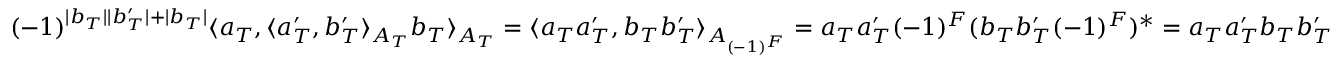
\begin{array} { r } { ( - 1 ) ^ { | b _ { T } | | b _ { T } ^ { \prime } | + | b _ { T } | } \langle a _ { T } , \langle a _ { T } ^ { \prime } , b _ { T } ^ { \prime } \rangle _ { A _ { T } } b _ { T } \rangle _ { A _ { T } } = \langle a _ { T } a _ { T } ^ { \prime } , b _ { T } b _ { T } ^ { \prime } \rangle _ { A _ { ( - 1 ) ^ { F } } } = a _ { T } a _ { T } ^ { \prime } ( - 1 ) ^ { F } ( b _ { T } b _ { T } ^ { \prime } ( - 1 ) ^ { F } ) ^ { * } = a _ { T } a _ { T } ^ { \prime } b _ { T } b _ { T } ^ { \prime } } \end{array}